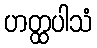
ဟတ္ထပါသံ